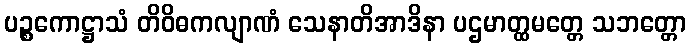
ပဉ္စကောဋ္ဌာသံ တိဝိဓကလျာဏံ သေနာတိအာဒိနာ ပဌမာတ္ထမတ္တေ သဘတ္တော